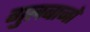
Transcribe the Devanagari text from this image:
गुलबानो